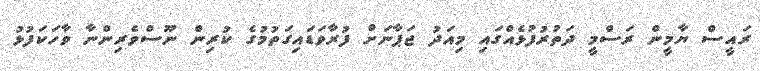
ރައީސް ޔާމީން ރަސްމީ ދަތުރުފުޅެއްގައި މިއަދު ޖަޕާނަށް ފުރާވަޑައިގަތުމުގެ ކުރިން ނޫސްވެރިންނާ ވާހަކަފުޅު